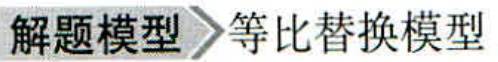
解题模型 \(\rightarrow\) 等比替换模型